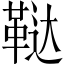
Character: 鞑